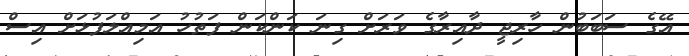
އޭގެ ސަބަބުން ހާރިޖީ ދާއިރާގެ ވަރަށް ގިނަ ކަންކަން ފަތުހު އަމިއްލަފުޅަށް އިސް